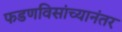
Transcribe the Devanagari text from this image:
फडणविसांच्यानंतर